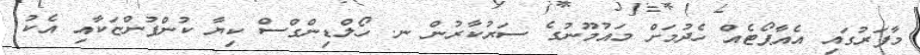
މާފަރުގައި އެއާޕޯޓެއް ހެދުމަށް މައުމޫނުގެ ސަރުކާރުން ނ. ހޯލްޑިންގްސް ކިޔާ ކުންފުންޏަކާއި އެކު